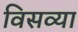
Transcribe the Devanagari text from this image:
विसव्या